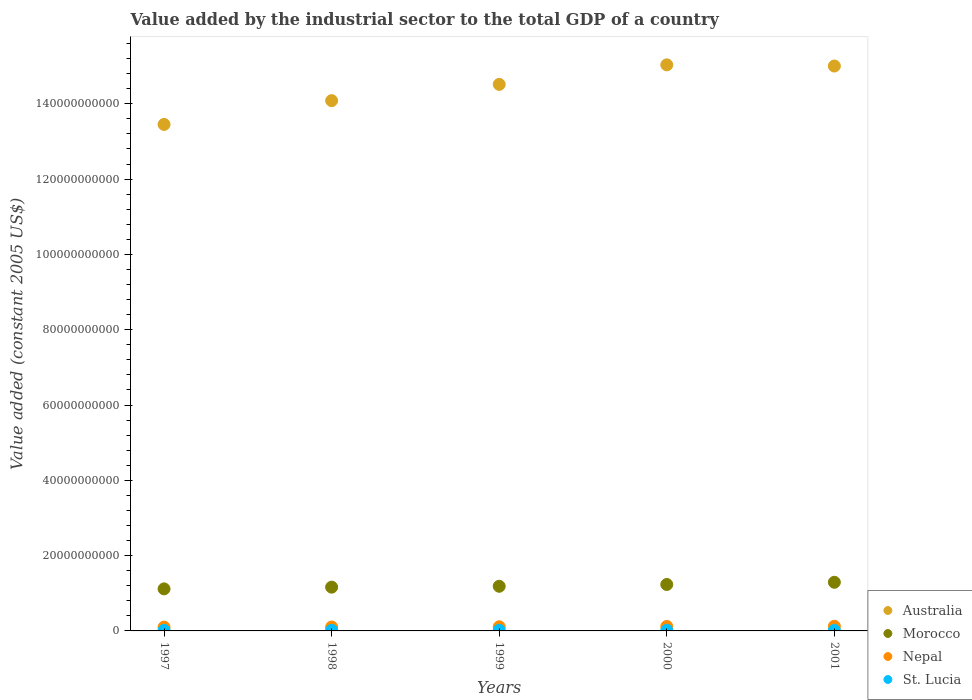
| Years | Australia | Morocco | Nepal | St. Lucia |
 | --- | --- | --- | --- | --- |
 | 1997 | 1.35e+11 | 1.12e+10 | 1.01e+09 | 1.49e+08 |
 | 1998 | 1.41e+11 | 1.16e+10 | 1.04e+09 | 1.66e+08 |
 | 1999 | 1.45e+11 | 1.19e+10 | 1.1e+09 | 1.8e+08 |
 | 2000 | 1.5e+11 | 1.23e+10 | 1.19e+09 | 1.57e+08 |
 | 2001 | 1.5e+11 | 1.29e+10 | 1.23e+09 | 1.42e+08 |